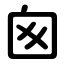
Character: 囪